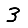
Digit: 3